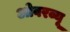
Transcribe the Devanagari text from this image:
ओवरव्यू